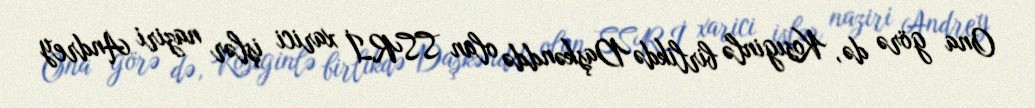
Ona görə də, Kosıginlə birlikdə Daşkənddə olan SSRİ xarici işlər naziri Andrey